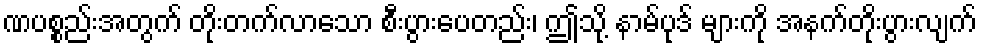
ဏပစ္စည်းအတွက် တိုးတက်လာသော စီးပွားပေတည်း၊ ဤသို့ နာမ်ပုဒ် များကို အနက်တိုးပွားလျက်